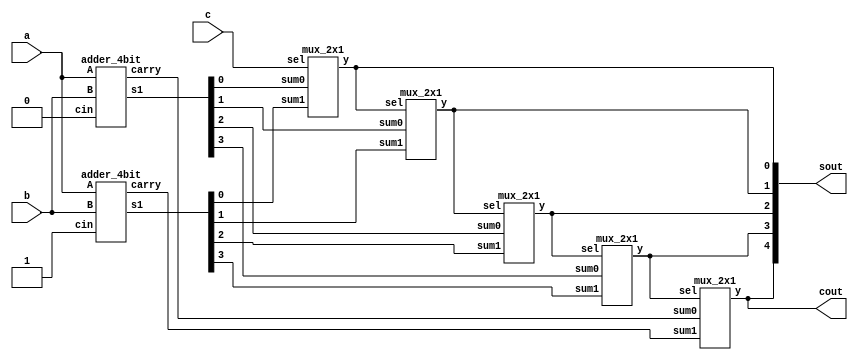
`timescale 1ns / 1ps

module carry_select_adder(
input [3:0]a,
    input [3:0] b,
    input c,
    output [4:0]sout,
    output cout
    );
    
    wire [3:0]s1;
    wire [3:0]s2;
    wire [1:0]carry; 
    wire [3:0]sum;   
    wire c1,c2;
    assign carry[0]=0;
    assign carry[1] = 1;
    
    adder_4bit adder_1(a[3:0],b[3:0],carry[0],s1[3:0],c1);
    adder_4bit adder_2(a[3:0],b[3:0],carry[1],s2[3:0],c2);
    
    mux_2x1 mux_1(s1[0],s2[0],c,sum[0]);
    mux_2x1 mux_2(s1[1],s2[1],sum[0],sum[1]);
    mux_2x1 mux_3(s1[2],s2[2],sum[1],sum[2]);
    mux_2x1 mux_4(s1[3],s2[3],sum[2],sum[3]);
    
    mux_2x1 mux_5(c1,c2,sum[3],cout);
    assign sout = {cout,sum[3:0]};
endmodule

module mux_2x1(
    input sum0,sum1,
    input sel,
    output y
    );
    assign y = (sel & sum0) | (~sel& sum1);
    
endmodule

module adder_4bit(
input [3:0] A,B,
input cin,
output [3:0] s1,
output carry);
wire [2:0] c;
full_adder FA1(A[0],B[0],cin,s1[0],c[0]);
full_adder FA2(A[1],B[1],c[0],s1[1],c[1]);
full_adder FA3(A[2],B[2],c[1],s1[2],c[2]);
full_adder FA4(A[3],B[3],c[2],s1[3],carry);

endmodule

module full_adder(
input a,b,c,
output sum,carry);

assign sum = a^b^c;
assign carry= (a&b)|(b&c)|(c&a);
endmodule